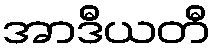
အာဒီယတီ